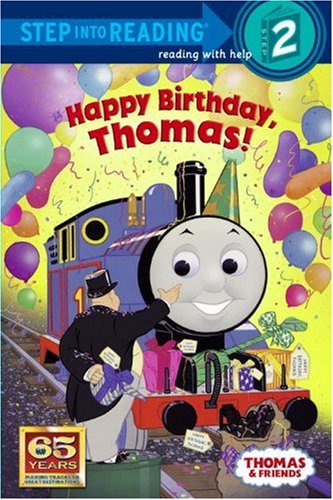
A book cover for Happy Birthday, Thomas!; Rev. W. Awdry; Children's Books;